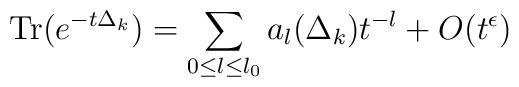
\mbox{Tr}(e^{-t\Delta_k})=\sum_{0{\le}l{\le}l_0}a_l(\Delta_k)t^{-l}+O(t^{\epsilon})